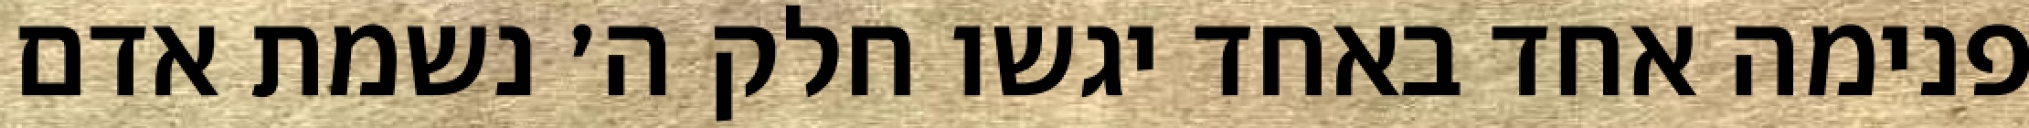
פנימה אחד באחד יגשו חלק ה׳ נשמת אדם